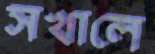
সখালে